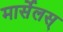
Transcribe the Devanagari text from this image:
मार्सेलस्